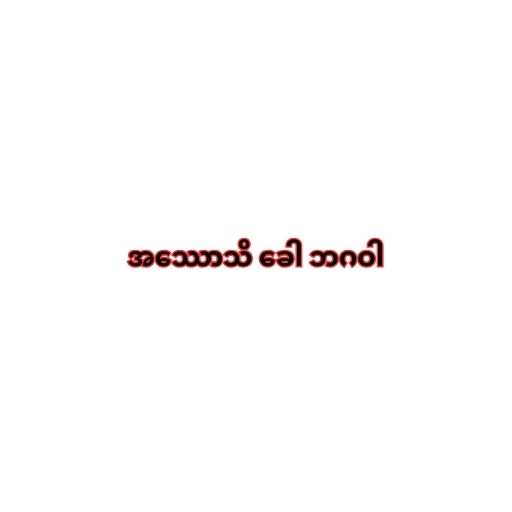
အဿောသိ ခေါ ဘဂဝါ